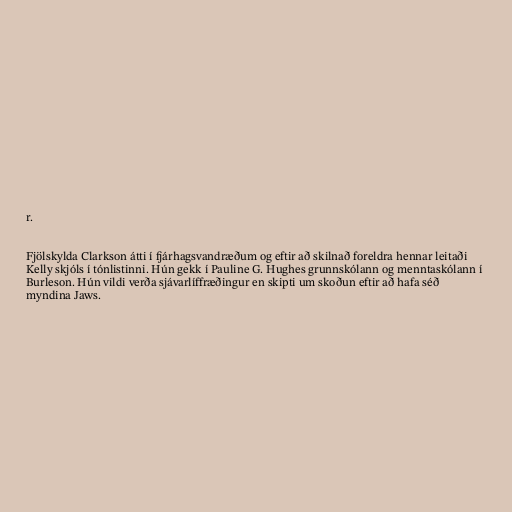
r.

Fjölskylda Clarkson átti í fjárhagsvandræðum og eftir að skilnað foreldra hennar leitaði
Kelly skjóls í tónlistinni. Hún gekk í Pauline G. Hughes grunnskólann og menntaskólann í
Burleson. Hún vildi verða sjávarlíffræðingur en skipti um skoðun eftir að hafa séð
myndina Jaws.